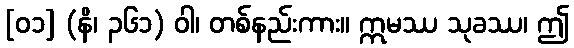
[၀၁] (နိ၊ ၃၆၁) ဝါ၊ တစ်နည်းကား။ ဣမဿ သုခဿ၊ ဤ